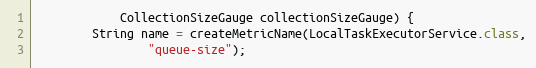
Language: Java
			CollectionSizeGauge collectionSizeGauge) {
		String name = createMetricName(LocalTaskExecutorService.class,
				"queue-size");